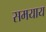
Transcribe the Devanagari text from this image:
समयाय